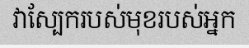
វាស្បែករបស់មុខរបស់អ្នក